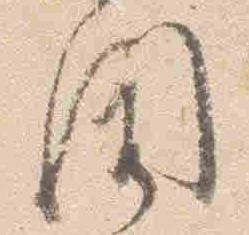
聞